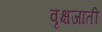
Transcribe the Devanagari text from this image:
वृक्षजाती